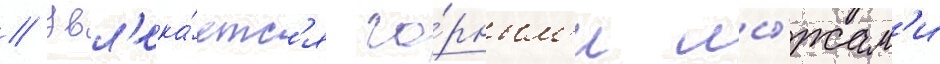
// Увл'ека́етс'я го́рным'и лы́жам'и